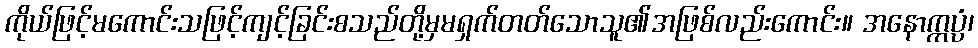
ကိုယ်ဖြင့်မကောင်းသဖြင့်ကျင့်ခြင်းစသည်တို့မှမရှက်တတ်သောသူ၏အဖြစ်လည်းကောင်း။ အနောက္ကပ္ပံ၊